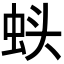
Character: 𬠁